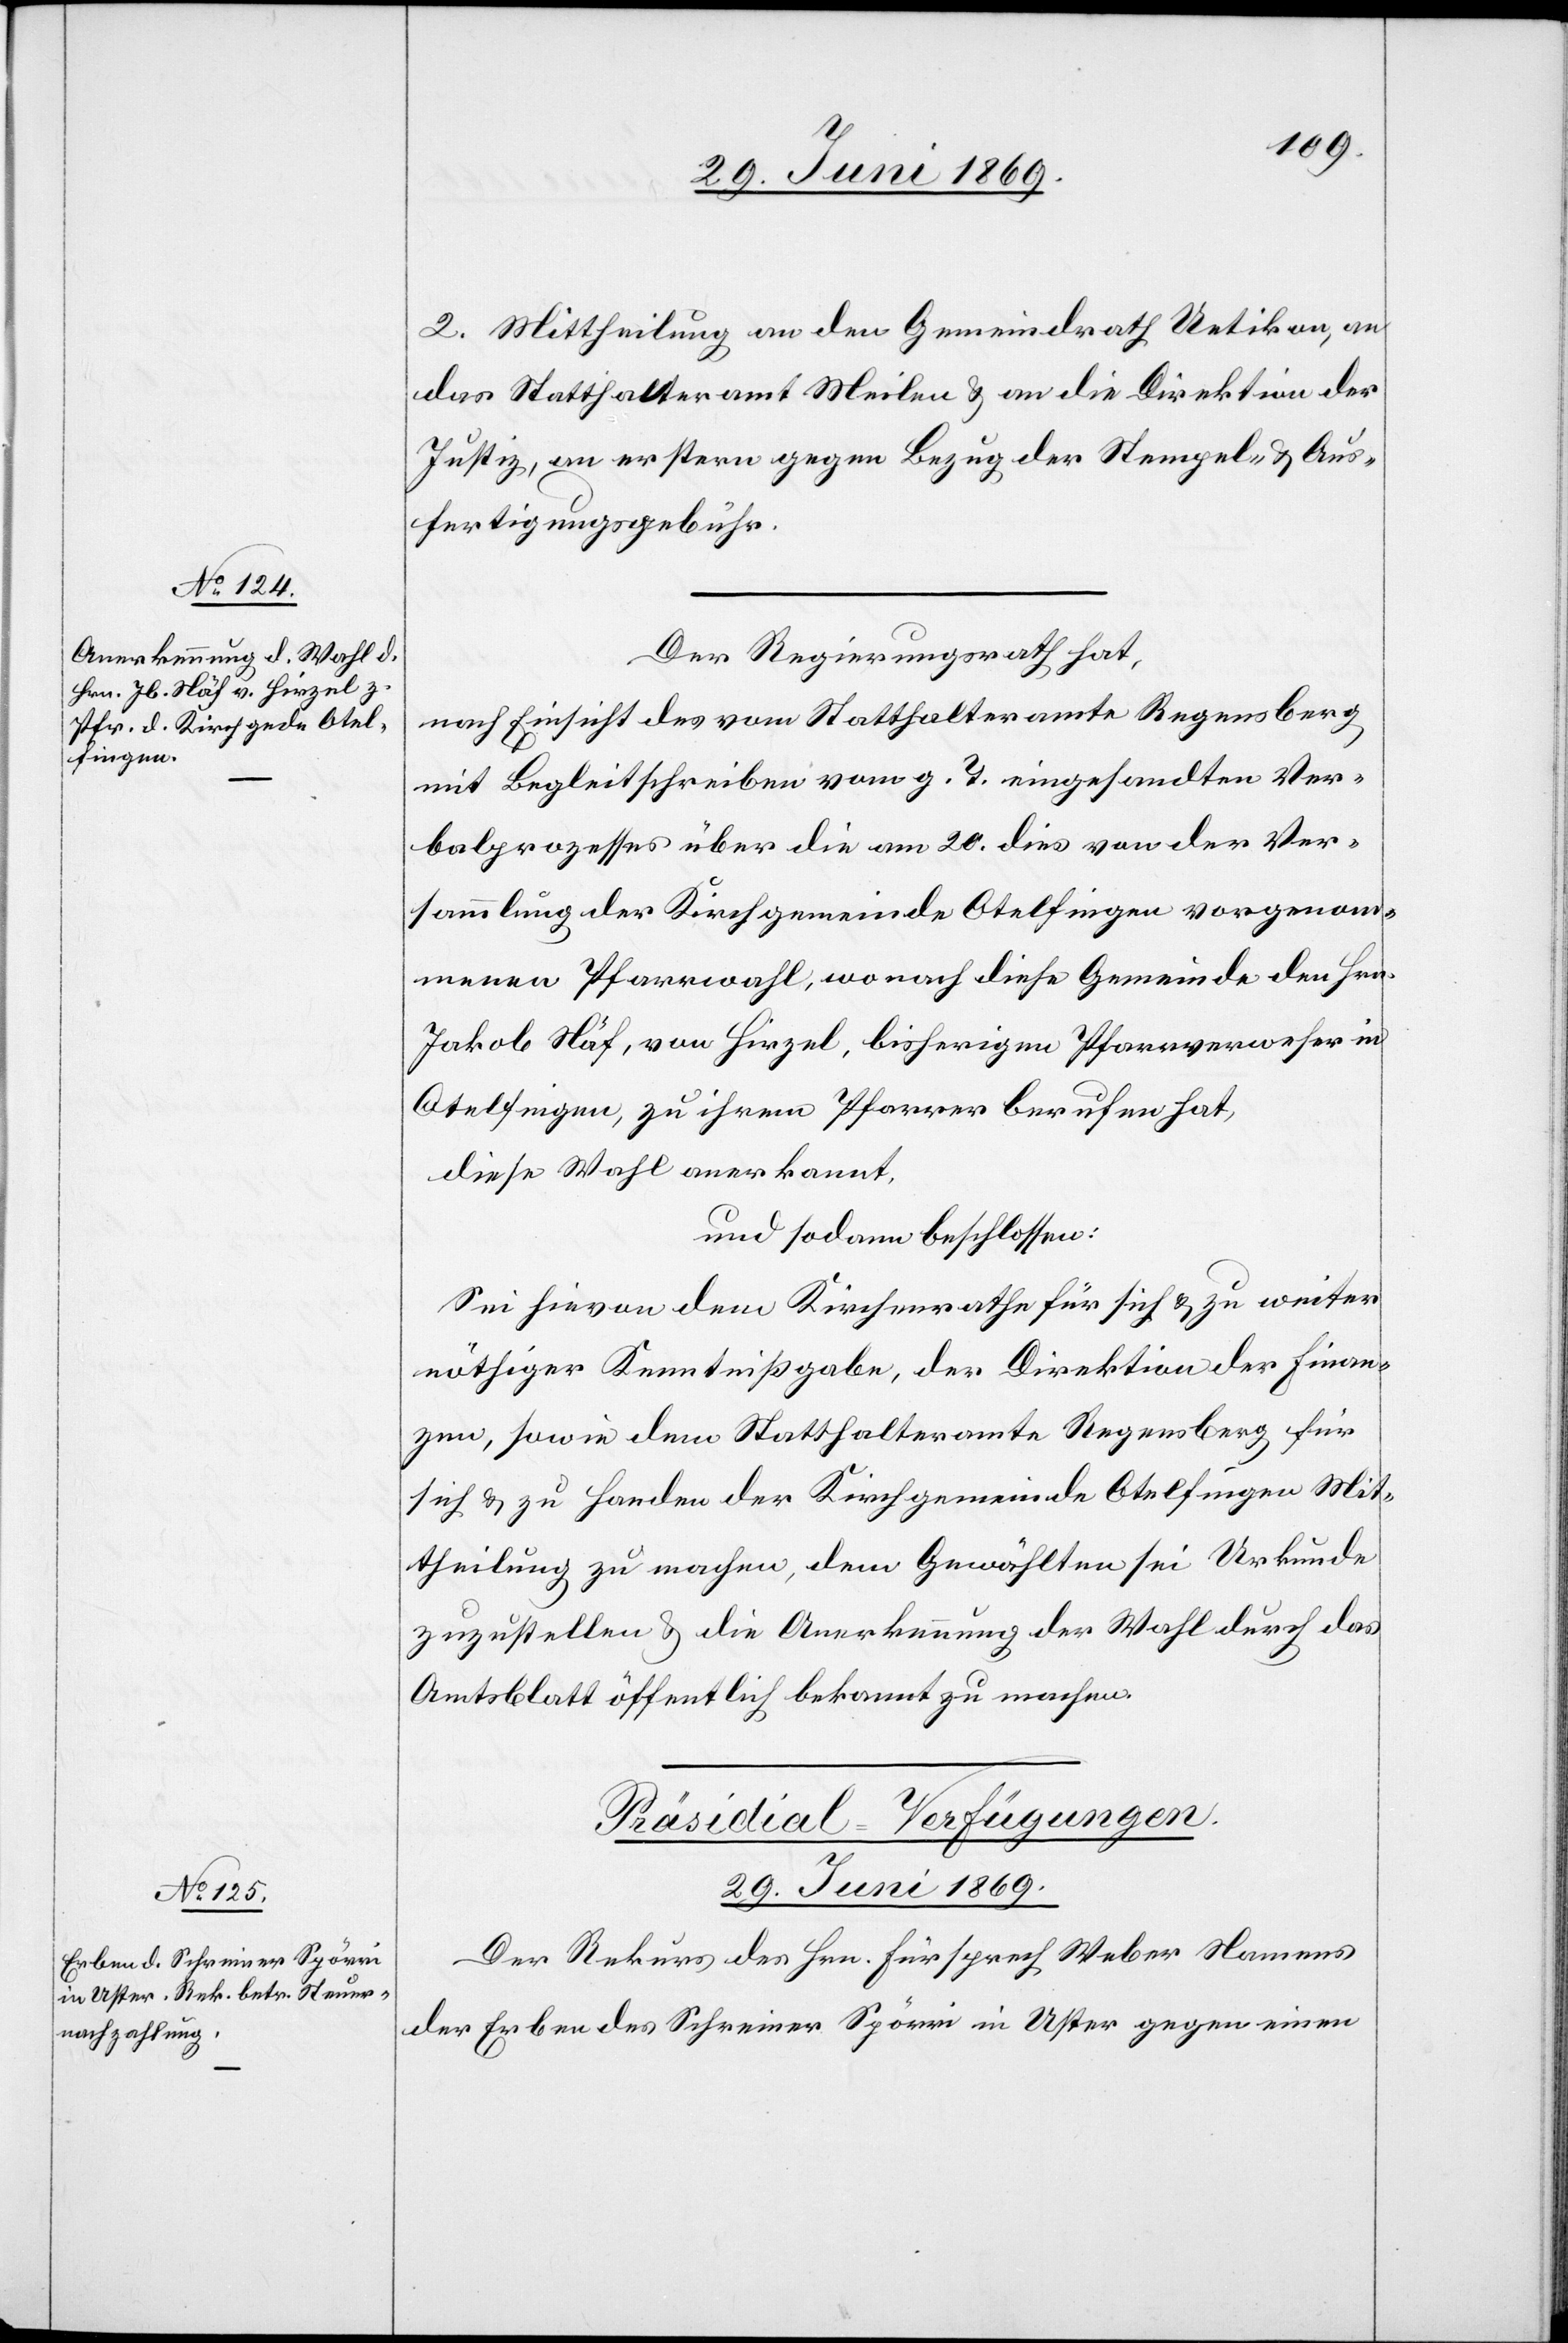
2. Mittheilung an den Gemeindrath Uetikon, an
das Statthalteramt Meilen u. an die Direktion der
Justiz, an erstern gegen Bezug der Stempel- u. Aus¬
fertigungsgebühr.
Der Regierungsrath hat,
nach Einsicht des vom Statthalteramte Regensberg
mit Begleitschreiben vom g. T. eingesandten Ver¬
balprozesses über die am 20 dies von der Ver¬
sammlung der Kirchgemeinde Otelfingen vorgenom¬
menen Pfarrwahl, wonach diese Gemeinde den Hrn.
Jakob Näf, von Hirzel, bisherigen Pfarrverweser in
Otelfingen, zu ihrem Pfarrer berufen hat,
diese Wahl anerkannt,
und sodann beschlossen:
Sei hievon dem Kirchenrathe für sich u. zu weiter
nöthiger Kenntnißgabe, der Direktion der Finan¬
zen, sowie dem Statthalteramte Regensberg für
sich u. zu Handen der Kirchgemeinde Otelfingen Mit¬
theilung zu machen, dem Gewählten sei Urkunde
zuzustellen u. die Anerkennung der Wahl durch das
Amtsblatt öffentlich bekannt zu machen.
Präsidial-Verfügungen.
29. Juni 1869.
Der Rekurs des Hrn. Fürsprech Weber Namens
der Erben des Schreiner Spörri in Uster gegen einen